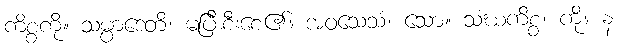
ကိစ္စကို။ သမ္ပာဒေတိ၊ မပြီးစီးစေ၏။ အဝသေသံ၊ သော။ သံဃကိစ္စ၊ ကို။ န